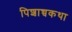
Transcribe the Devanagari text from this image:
पिशाच्चकथा